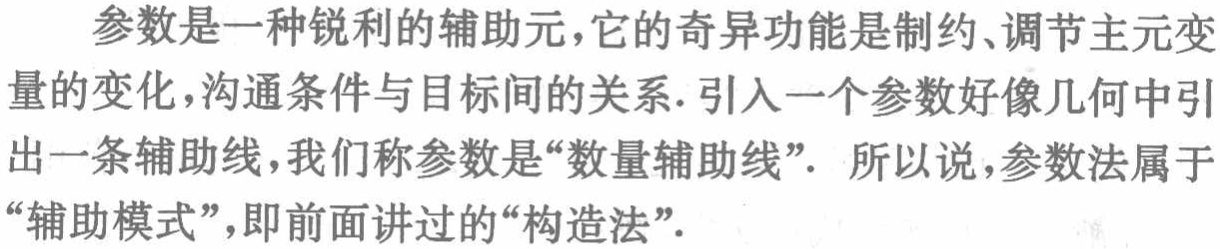
参数是一种锐利的辅助元, 它的奇异功能是制约、调节主元变量的变化, 沟通条件与目标间的关系. 引入一个参数好像几何中引出一条辅助线, 我们称参数是“数量辅助线”. 所以说,参数法属于“辅助模式”, 即前面讲过的“构造法”.